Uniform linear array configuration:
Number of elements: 24
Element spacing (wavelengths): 0.25
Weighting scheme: cosine
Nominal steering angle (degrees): -15
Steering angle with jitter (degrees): -16.713
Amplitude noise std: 0.05
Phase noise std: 0.05

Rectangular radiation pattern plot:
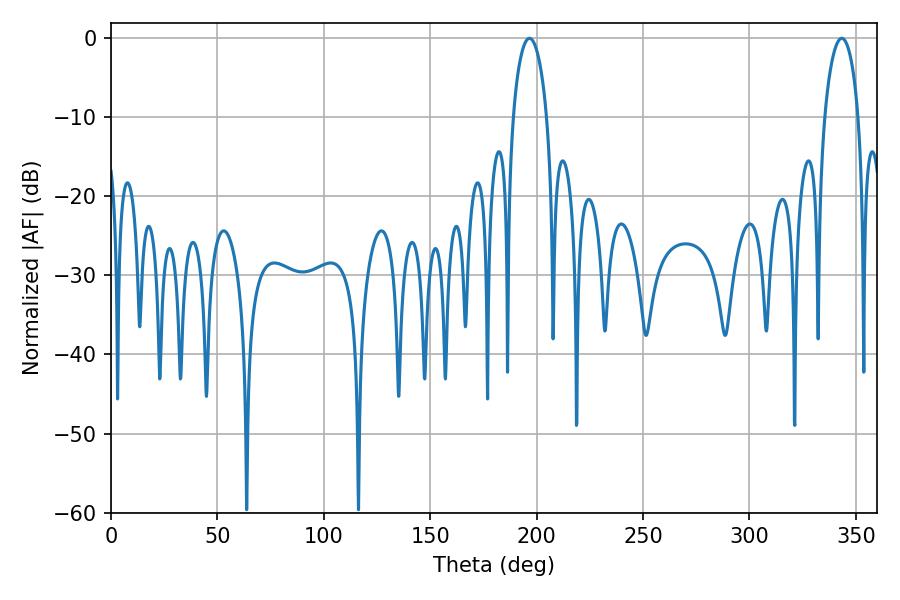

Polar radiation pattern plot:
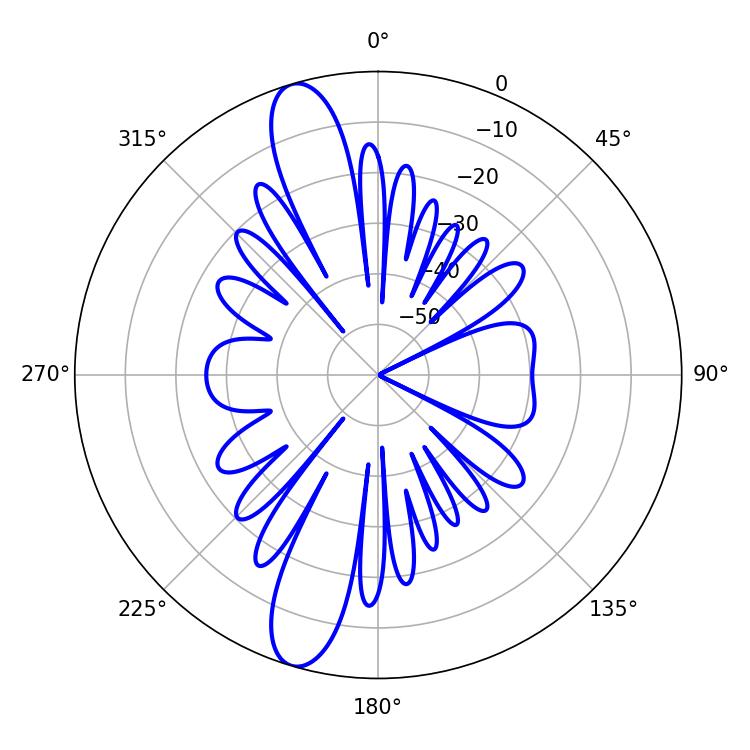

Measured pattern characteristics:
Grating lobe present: FALSE
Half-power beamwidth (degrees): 9
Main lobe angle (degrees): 196.56